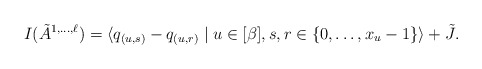
\begin{align*}I(\tilde{A}^{1,\dots,\ell}) = \langle q_{(u,s)} - q_{(u,r)} \mid u \in [\beta], s,r \in \{0,\dots,x_u-1\} \rangle + \tilde{J}.\end{align*}